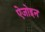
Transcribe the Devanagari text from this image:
ऐजोइन